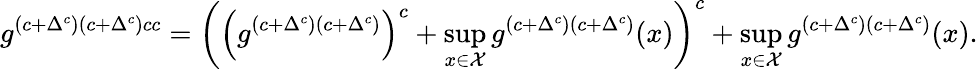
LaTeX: g^{(c+\Delta^{c})(c+\Delta^{c})cc}=\left(\left(g^{(c+\Delta^{c})(c+\Delta^{c})}\right)^{c}+\operatorname*{sup}_{x\in\mathcal{X}}g^{(c+\Delta^{c})(c+\Delta^{c})}(x)\right)^{c}+\operatorname*{sup}_{x\in\mathcal{X}}g^{(c+\Delta^{c})(c+\Delta^{c})}(x).